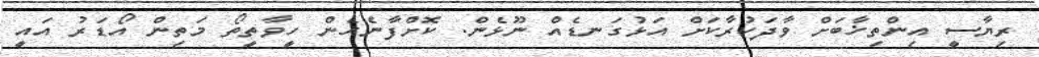
ރިޔާސީ އިންތިޚާބަށް ވާދަކުރާކަށް އަޅުގަނޑެއް ނޫޅެން. ކޮށްފާނެހެން ހީވާތީތޯ މަތިން އޯޑަރު އައީ